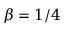
\beta = 1 / 4